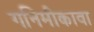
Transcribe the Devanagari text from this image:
गनिमीकावा